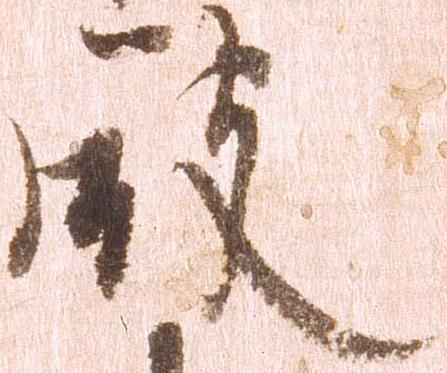
殿